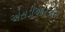
એસડીઆરએસ